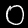
Label: 0